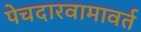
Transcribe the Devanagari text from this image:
पेचदारवामावर्त